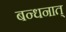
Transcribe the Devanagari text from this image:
बन्धनात्